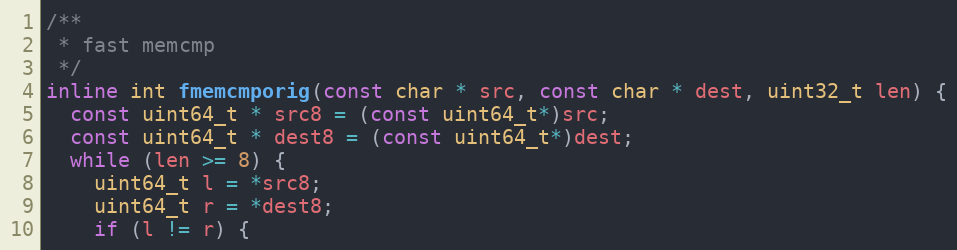
Language: C++
/**
 * fast memcmp
 */
inline int fmemcmporig(const char * src, const char * dest, uint32_t len) {
  const uint64_t * src8 = (const uint64_t*)src;
  const uint64_t * dest8 = (const uint64_t*)dest;
  while (len >= 8) {
    uint64_t l = *src8;
    uint64_t r = *dest8;
    if (l != r) {